Report on vaccination in Madras 1877-1894 - 1877-1894
Year: 1877
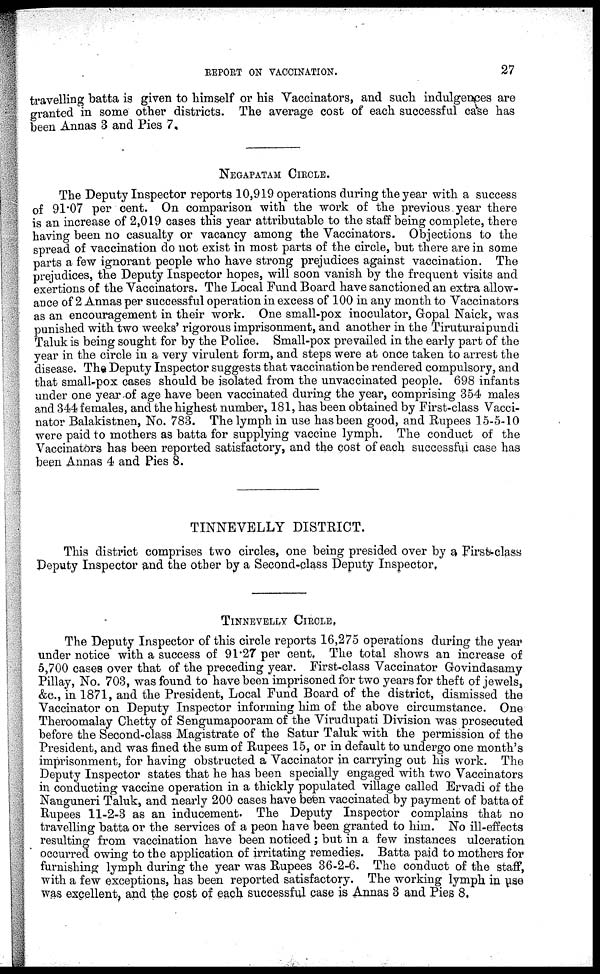
REPORT ON VACCINATION.
27
travelling batta is given to himself or his Vaccinators, and such indulgences are
granted in some other districts. The average cost of each successful case has
been Annas 3 and Pies 7.
NEGAPATAM CIRCLE.
The Deputy Inspector reports 10,919 operations during the year with a success
of 91.07 per cent. On comparison with the work of the previous year there
is an increase of 2,019 cases this year attributable to the staff being complete, there
having been no casualty or vacancy among the Vaccinators. Objections to the
spread of vaccination do not exist in most parts of the circle, but there are in some
parts a few ignorant people who have strong prejudices against vaccination. The
prejudices, the Deputy Inspector hopes, will soon vanish by the frequent visits and
exertions of the Vaccinators. The Local Fund Board have sanctioned an extra allow-
ance of 2 Annas per successful operation in excess of 100 in any month to Vaccinators
as an encouragement in their work. One small-pox inoculator, Gopal Naick, was
punished with two weeks' rigorous imprisonment, and another in the Tiruturaipundi
Taluk is being sought for by the Police. Small-pox prevailed in the early part of the
year in the circle in a very virulent form, and steps were at once taken to arrest the
disease. The Deputy Inspector suggests that vaccination be rendered compulsory, and
that small-pox cases should be isolated from the unvaccinated people. 698 infants
under one year of age have been vaccinated during the year, comprising 354 males
and 344 females, and the highest number, 181, has been obtained by First-class Vacci-
nator Balakistnen, No. 783. The lymph in use has been good, and Rupees 15-5-10
were paid to mothers as batta for supplying vaccine lymph. The conduct of the
Vaccinators has been reported satisfactory, and the cost of each successful case has
been Annas 4 and Pies 8.
TINNEVELLY DISTRICT.
This district comprises two circles, one being presided over by a First class
Deputy Inspector and the other by a Second-class Deputy Inspector,
TINNEVELLY CIRCLE,
The Deputy Inspector of this circle reports 16,275 operations during the year
under notice with a success of 91.27 per cent. The total shows an increase of
5,700 cases over that of the preceding year. First-class Vaccinator Govindasamy
Pillay, No. 703, was found to have been imprisoned for two years for theft of jewels,
&c., in 1871, and the President, Local Fund Board of the district, dismissed the
Vaccinator on Deputy Inspector informing him of the above circumstance. One
Theroomalay Chetty of Sengumapooram of the Virudupati Division was prosecuted
before the Second-class Magistrate of the Satur Taluk with the permission of the
President, and was fined the sum of Rupees 15, or in default to undergo one month's
imprisonment, for having obstructed a Vaccinator in carrying out his work. The
Deputy Inspector states that he has been specially engaged with two Vaccinators
in conducting vaccine operation in a thickly populated village called Ervadi of the
Nanguneri Taluk, and nearly 200 cases have been vaccinated by payment of batta of
Rupees 11-2-3 as an inducement. The Deputy Inspector complains that no
travelling batta or the services of a peon have been granted to him. No ill-effects
resulting from vaccination have been noticed ; but in a few instances ulceration
occurred owing to the application of irritating remedies. Batta paid to mothers for
furnishing lymph during the year was Rupees 36-2-6. The conduct of the staff,
with a few exceptions, has been reported satisfactory. The working lymph in use
was excellent, and the cost of each successful case is Annas 3 and Pies 8.